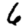
Digit: 6